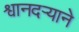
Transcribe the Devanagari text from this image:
श्वानदर्‍याने